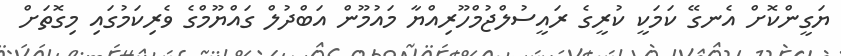
ޔަގީންކޮށް އެނގޭ ކަމަކީ ކުރީގެ ރައީސުލްޖުމްހޫރިއްޔާ މައުމޫން އަބްދުލް ގައްޔޫމްގެ ވެރިކަމުގައި މިގޮތަށް